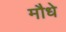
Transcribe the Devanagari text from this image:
मौधे